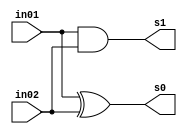
// ------------------------- 
// --GUIA 05
// --Nome: Lorena Danielle Gonalves Bento 
// --Matricula: 435049
// ------------------------- 

module half_adder (output s0, output s1, input in01, input in02); 
//--portas
	and and1(s1,in01,in02);
	xor xor1(s0,in01,in02);
endmodule 

module full_adder (output s0,output s1,input in01, input in02, input c_in); 
	wire half_adder1[0:1];
	wire half_adder2[0:1];
	half_adder porta1(half_adder1[1],half_adder1[0],in01,in02);
	half_adder porta2(half_adder2[1],half_adder2[0],half_adder1[1],c_in);

	assign s0 = half_adder2[1];
	or(s1,half_adder1[0],half_adder2[0]);
 
endmodule 

module selecionador(output s0, output s1,input in01,input in02,input c_in,input selecionador);						
	wire XOR1;
	xor XOR_g(XOR1,in02,selecionador);
	full_adder Sum(s0,s1,in01,XOR1,c_in);	
endmodule

module exemplo0031(output[5:0] s0,input[5:0] in01,input[5:0] in02,input selecionador);				 
      wire [5:0] w; 
      wire [5:0] z;      
      wire c, c2, c3, c4, c5, c6;
							
		selecionador sum0(s0[0],c,in01[0],in02[0],selecionador,selecionador);
		selecionador sum1(s0[1],c2,in01[1],in02[1],c,selecionador);
		selecionador sum2(s0[2],c3,in01[2],in02[2],c2,selecionador);
		selecionador sum3(s0[3],c4,in01[3],in02[3],c3,selecionador);
		selecionador sum4(s0[4],c5,in01[4],in02[4],c4,selecionador);
		selecionador sum5(s0[5],c6,in01[5],in02[5],c5,selecionador);	
endmodule	


module circuit(output[5:0] s0,input[5:0] in01, input[5:0] in02,input selecionador);						
	exemplo0031 e1(s0,in01,in02,selecionador);	
endmodule

	

module test_selecionador; 

      reg[5:0] x;
		reg[5:0] w;
		reg[5:0] e;
		reg c;
		
		wire[5:0] y;
		wire[5:0] i;
		
		circuit c1(i,x,e,c);
		exemplo0031 sum(y,i,w,c);
				
		
		
 initial begin 
      
		$display("Exemplo0033"); 
      $display("Nome: Lorena Danielle Gonalves Bento - 435049");
		$display("\n");
		
		x=6'b010011;	e=6'b000110; w=6'b000001; c=1'b1;	
		#1 $display("(%b - %b) - %b = %b",x,e,w,y);
		
		x=6'b001011;	e=6'b000110; w=6'b000001; c=1'b0;	
		#2 $display("(%b - %b) + %b = %b",x,e,w,y);
		

 
 end 
 
endmodule